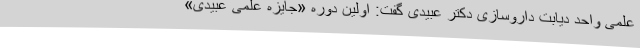
علمی واحد دیابت داروسازی دکتر عبیدی گفت: اولین دوره «جایزه علمی عبیدی»